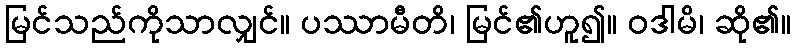
မြင်သည်ကိုသာလျှင်။ ပဿာမီတိ၊ မြင်၏ဟူ၍။ ဝဒါမိ၊ ဆို၏။